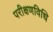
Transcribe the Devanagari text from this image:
परीक्षणविधि